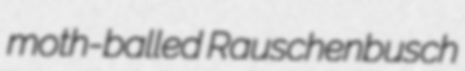
moth-balled Rauschenbusch